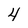
Character: 4